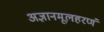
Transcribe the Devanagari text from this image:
अज्ञानमूलहरणं